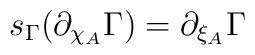
s_{\Gamma} (\partial_{\chi_A} \Gamma )  = \partial_{\xi_A} \Gamma